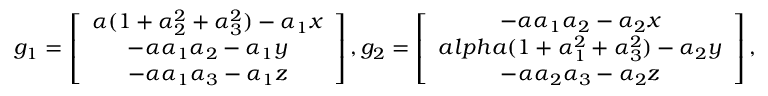
g _ { 1 } = \left[ \begin{array} { c c c } { \alpha ( 1 + \alpha _ { 2 } ^ { 2 } + \alpha _ { 3 } ^ { 2 } ) - \alpha _ { 1 } x } \\ { - \alpha \alpha _ { 1 } \alpha _ { 2 } - \alpha _ { 1 } y } \\ { - \alpha \alpha _ { 1 } \alpha _ { 3 } - \alpha _ { 1 } z } \end{array} \right] , g _ { 2 } = \left[ \begin{array} { c c c } { - \alpha \alpha _ { 1 } \alpha _ { 2 } - \alpha _ { 2 } x } \\ { a l p h a ( 1 + \alpha _ { 1 } ^ { 2 } + \alpha _ { 3 } ^ { 2 } ) - \alpha _ { 2 } y } \\ { - \alpha \alpha _ { 2 } \alpha _ { 3 } - \alpha _ { 2 } z } \end{array} \right] ,